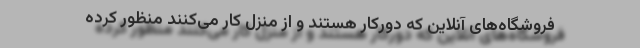
فروشگاه‌های آنلاین که دورکار هستند و از منزل کار می‌کنند منظور کرده